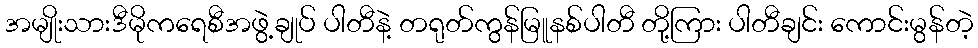
အမျိုးသားဒီမိုကရေစီအဖွဲ့ချုပ် ပါတီနဲ့ တရုတ်ကွန်မြူနစ်ပါတီ တို့ကြား ပါတီချင်း ကောင်းမွန်တဲ့